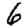
Digit: 6